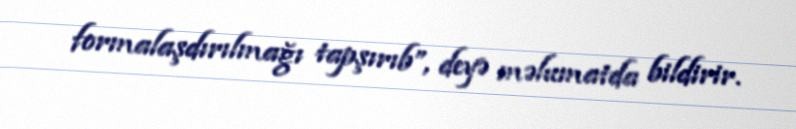
formalaşdırılmağı tapşırıb”, deyə məlumatda bildirir.